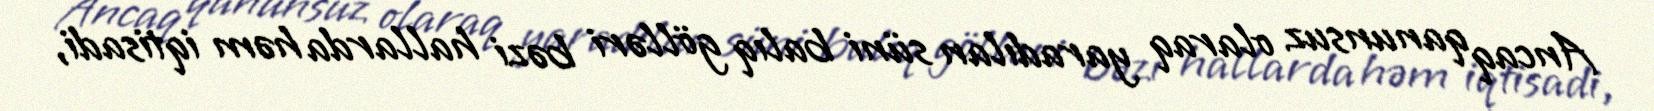
Ancaq qanunsuz olaraq yaradılan süni balıq gölləri bəzi hallarda həm iqtisadi,